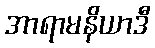
အာရာမနိယာဒီ